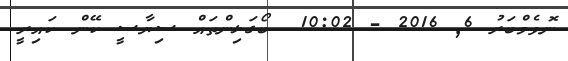
ނޮވެމްބަރު 6